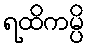
ရထိကမ္ပိ